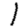
Digit: 1